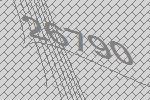
26790